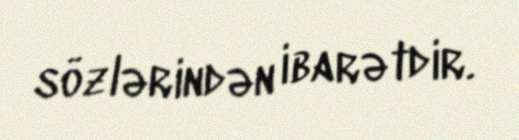
sözlərindən ibarətdir.